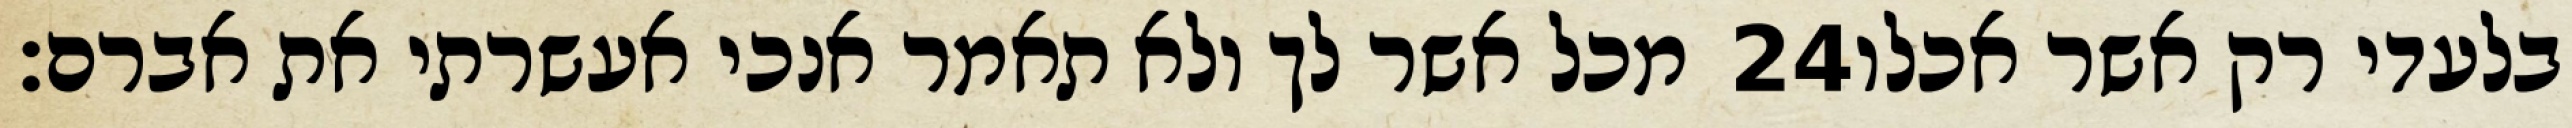
מכל אשר לך ולא תאמר אנכי אעשרתי את אברם׃ ‎24‏ בלעדי רק אשר אכלו